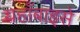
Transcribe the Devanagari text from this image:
यहाँबाइसे